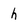
Character: h